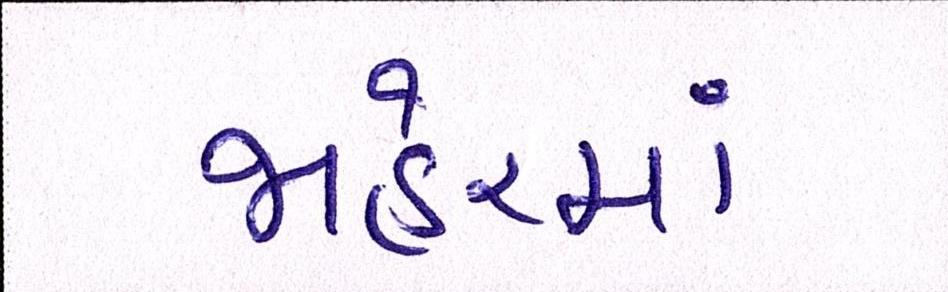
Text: જાહેરમાં